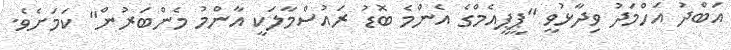
އަބްދު އަހްމަދު ވިދާޅުވީ "ޕީޕީއެމްގެ އެންމެ ބޮޑު ރައުސްމާލަކީ އާންމު މެންބަރުން" ކަމަށެވެ.